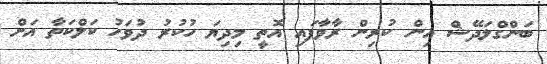
ބަންގްލަދޭޝް އިން ކުރިން ރާވާފައި އޮތީ މިދިޔަ ހުކުރު ދުވަހު ކަލްކަތާ އަށް